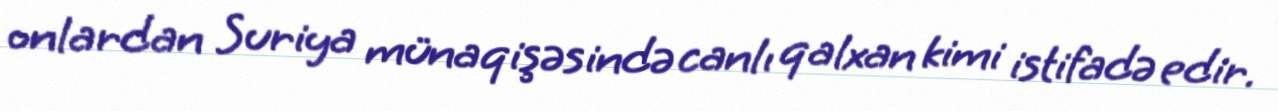
onlardan Suriya münaqişəsində canlı qalxan kimi istifadə edir.